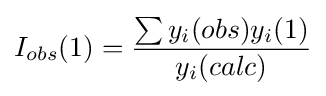
I_{obs}(1)={\frac {\sum y_{i}(obs)y_{i}(1)}{y_{i}(calc)}}